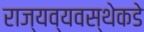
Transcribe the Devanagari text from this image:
राज्यव्यवस्थेकडे